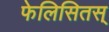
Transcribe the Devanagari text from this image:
फेलिसितस्